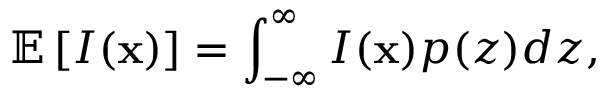
\mathbb { E } \left[ I ( \mathbf { x } ) \right] = \int _ { - \infty } ^ { \infty } I ( \mathbf { x } ) p ( z ) d z ,